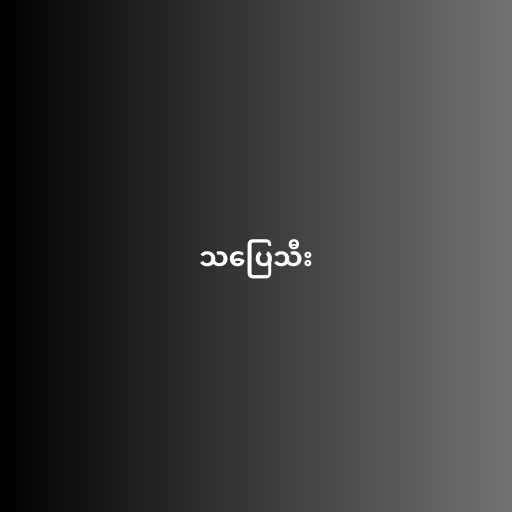
သပြေသီး